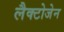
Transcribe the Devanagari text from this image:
लैक्टोजेन